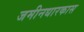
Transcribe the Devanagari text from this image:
जमीनधारकास